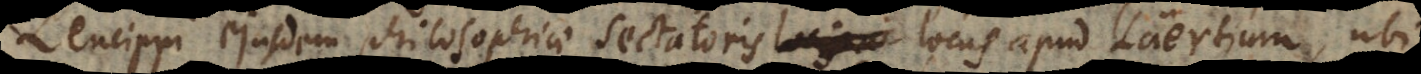
Leucippi ejusdem philosophiae sectatoris locus apud Laertium, ubi